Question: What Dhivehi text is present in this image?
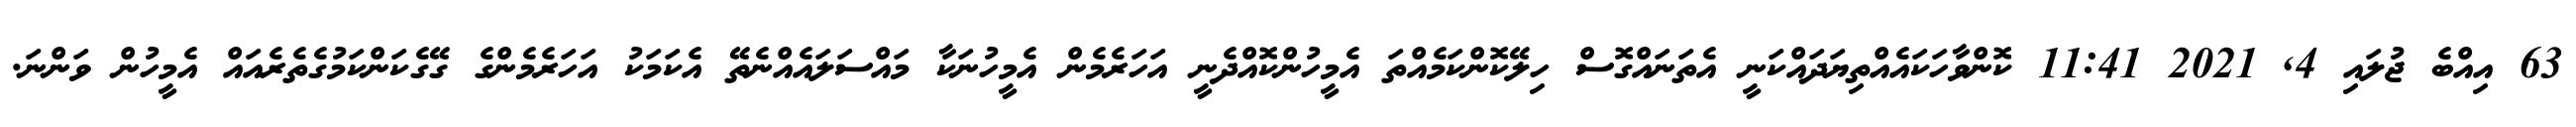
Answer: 63 އިއްބެ ޖުލައި 4, 2021 11:41 ކޮންވާހަކައެއްތިޔަދައްކަނީ އެތަނައްގޮސް ހިލޭކޮންކަމެއްތަ އެމީހުންކޮއްދެނީ އަހަރެމެން އެމީހުނަކާ މައްސަލައެއްނެތޭ އެކަމަކު އަހަރެމެންގެ ގޭގެކަންކަމުގެތެރެއައް އެމީހުން ވަންނަ.